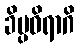
ခိပ္ပဝိရာဂိ